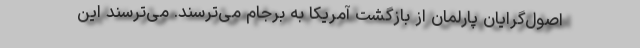
اصول‌گرایان پارلمان از بازگشت آمریکا به برجام می‌ترسند. می‌ترسند این